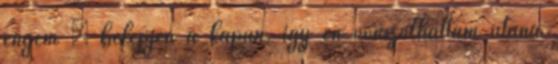
engem – belépjen a kapun, így én vonszolhattam utána